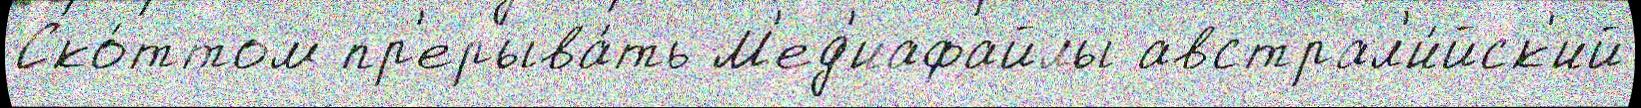
Ско́ттом пр'ерыва́ть М'ед'иафайлы австрал'и́йск'ий